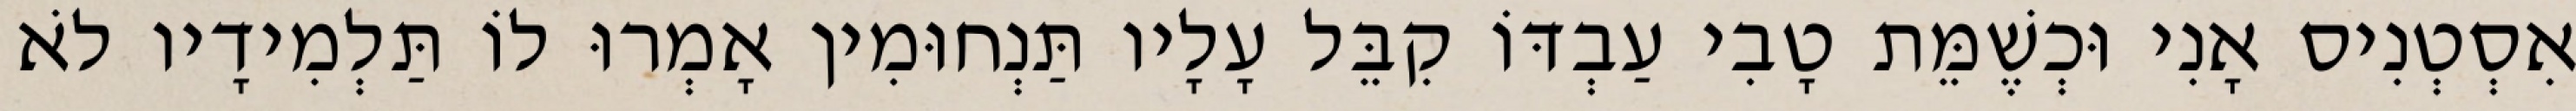
אִסְטְנִיס אָנִי וּכְשֶׁמֵּת טָבִי עַבְדּוֹ קִבֵּל עָלָיו תַּנְחוּמִין אָמְרוּ לוֹ תַּלְמִידָיו לֹא